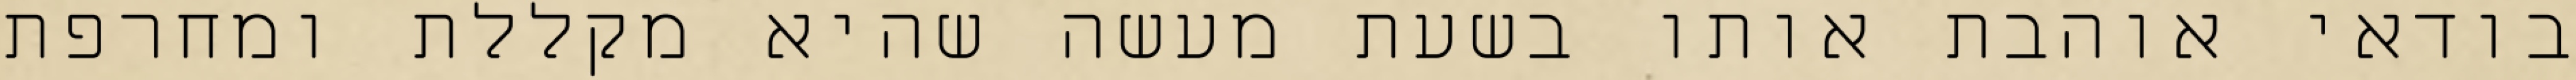
בודאי אוהבת אותו בשעת מעשה שהיא מקללת ומחרפת